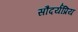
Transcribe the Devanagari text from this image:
सौंदर्यप्रिय